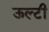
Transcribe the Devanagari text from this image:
ऊल्टी